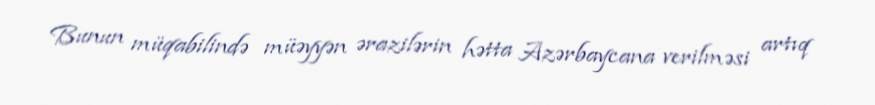
Bunun müqabilində müəyyən ərazilərin hətta Azərbaycana verilməsi artıq